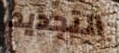
التجديد